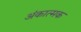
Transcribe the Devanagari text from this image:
अंकात्मक